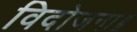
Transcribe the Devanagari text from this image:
विदोजना॥